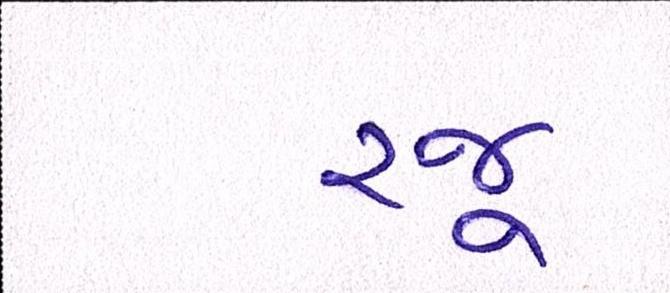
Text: રજૂ